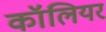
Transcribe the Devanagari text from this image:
कॉलियर